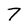
Character: 7